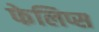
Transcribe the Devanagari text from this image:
फेलिप्स